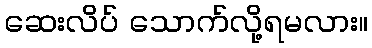
ဆေးလိပ် သောက်လို့ရမလား။